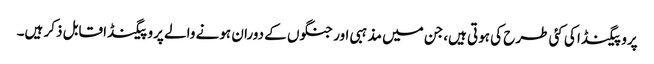
پروپیگنڈا کی کئی طرح کی ہوتی ہیں،جن میں مذہبی اور جنگوں کے دوران ہونے والے پروپیگنڈا قابل ذکر ہیں۔